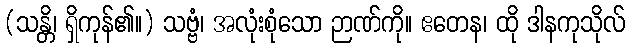
(သန္တိ၊ ရှိကုန်၏။) သဗ္ဗံ၊ အလုံးစုံသော ဉာဏ်ကို။ ဧတေန၊ ထို ဒါနကုသိုလ်